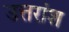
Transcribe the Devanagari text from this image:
उत्तरांश